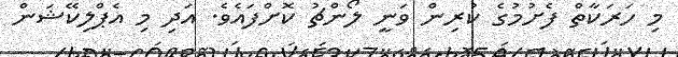
މި ހަރަކާތް ފެށުމުގެ ކުރިން ވަނީ ލޯންޗު ކޮށްފައެވެ. އަދި މި އެޕްލިކޭޝަން